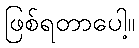
ဖြစ်ရတာပေါ့။